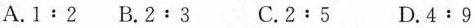
A. $$1 : 2$$ B. $$2 : 3$$ C. $$2 : 5$$ D. $$4 : 9$$